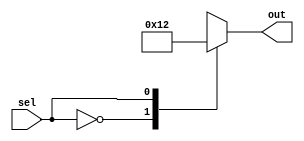
module full_case_example (
    input wire sel,
    output reg [3:0] out
);

always @(*) begin
    case(sel)
        4'b0000: out = 4'b0001;
        4'b0001: out = 4'b0010;
        4'b0010: out = 4'b0100;
        4'b0011: out = 4'b1000;
        default:  out = 4'b1111;
    endcase
end

endmodule